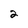
Character: 2